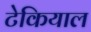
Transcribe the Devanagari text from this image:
टेकियाल